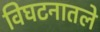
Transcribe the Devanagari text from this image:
विघटनातले